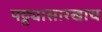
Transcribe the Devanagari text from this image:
पट्ट्यासारखाच